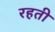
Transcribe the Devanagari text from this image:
रहती